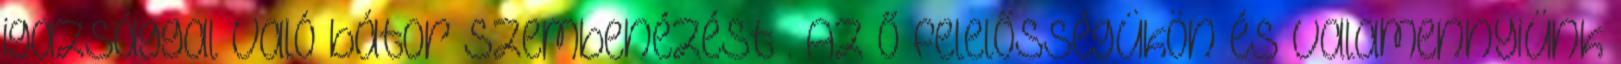
igazsággal való bátor szembenézést”. Az ő felelősségükön és valamennyiünk